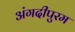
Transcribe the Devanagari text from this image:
अंगदीपुरम